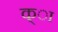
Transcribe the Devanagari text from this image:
क्ा